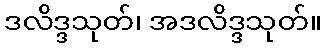
ဒလိဒ္ဒသုတ်၊ အဒလိဒ္ဒသုတ်။